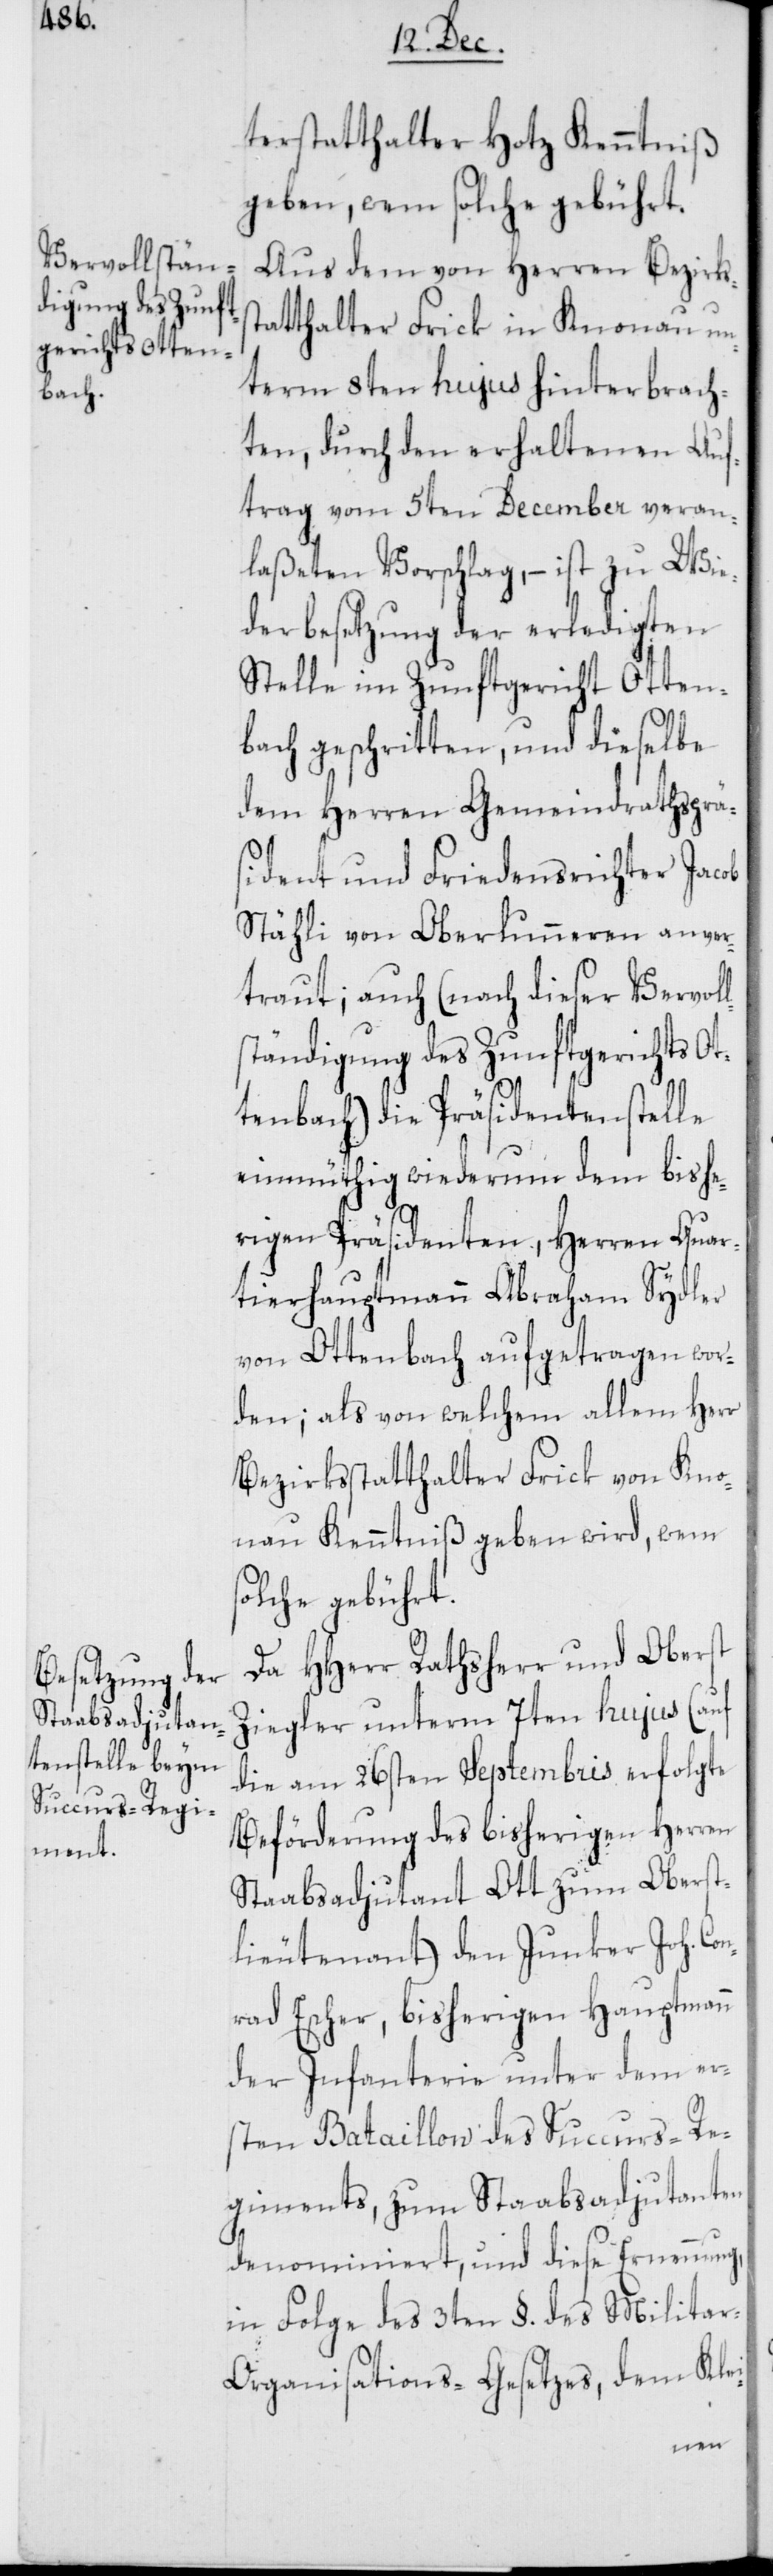
terstatthalter Hotz Kenntniß
geben, wem solche gebührt.
Aus dem von Herren Bezirkss¬
tatthalter Frick in Knonau un¬
term 8ten hujus hinterbrach¬
ten, durch den erhaltenen Auf¬
trag vom 5ten December veran¬
laßeten Vorschlag, – ist zu Wie¬
derbesetzung der erledigten
Stelle im Zunftgericht Otten¬
bach geschritten, und dieselbe
dem Herren Gemeindrathsprä¬
sident und Friedensrichter Jacob
Stähli von Oberlunneren anver¬
traut; auch (nach dieser Vervoll¬
ständigung des Zunftgerichts Ot¬
tenbach) die Präsidentenstelle
einmüthig wiederum dem bishe¬
rigen Präsidenten, Herren Quar¬
tierhauptmann Abraham Sydler
von Ottenbach aufgetragen wor¬
den; als von welchem allem Herr
Bezirksstatthalter Frick von Kno¬
nau Kenntniß geben wird, wem
solche gebührt.
Da HHerr Rathsherr und Oberst
Ziegler unterm 7ten hujus (auf
die am 26sten Septembris erfolgte
Beförderung des bisherigen Herren
Staabsadjutant Ott zum Oberst¬
lieutenant) den Junker Joh. Co¬
nrad Escher, bisherigen Hauptmann
der Infanterie unter dem er¬
sten Bataillon des Succurs-Re¬
giments, zum Staabsadjutanten
denominiert, und diese Ernennung,
in Folge des 3ten §. des Milita¬
r-Organisations-Gesetzes, dem Klei-